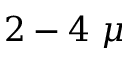
2 - 4 ~ \mu